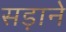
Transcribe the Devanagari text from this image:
सड़ाने